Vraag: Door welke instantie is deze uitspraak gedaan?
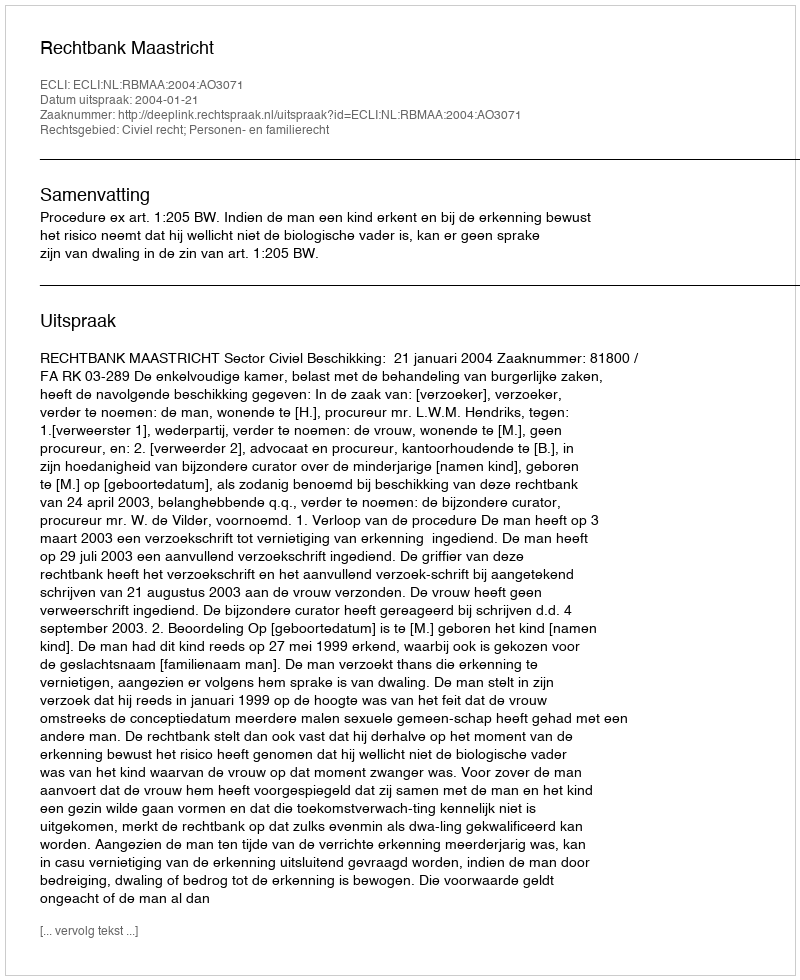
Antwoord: Rechtbank Maastricht